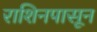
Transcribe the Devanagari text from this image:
राशिनपासून